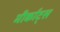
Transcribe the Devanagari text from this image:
मीर्काट्स